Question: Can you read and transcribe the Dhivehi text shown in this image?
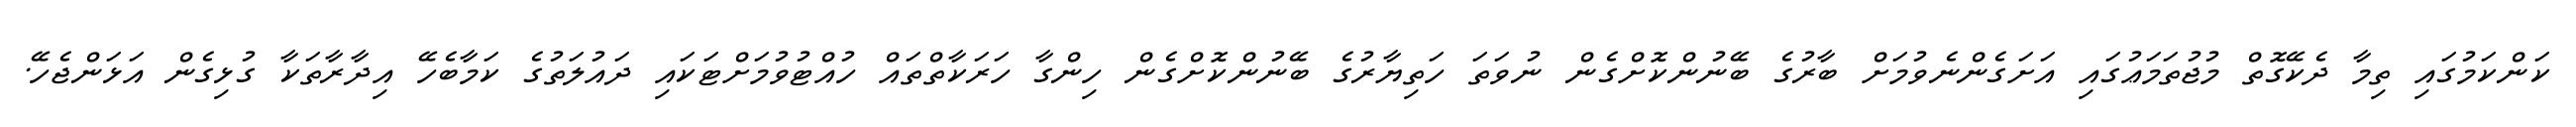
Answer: ކަންކަމުގައި ތިމާ ދެކޭގޮތް މުޖުތަމަޢުގައި އަށަގެންނެވުމަށް ބާރުގެ ބޭނުންކޮށްގެން ނުވަތަ ހަތިޔާރުގެ ބޭނުންކޮށްގެން ހިންގާ ހަރަކާތްތައް ހުއްޓުވުމަށްޓަކައި ދައުލަތުގެ ކަމާބެހޭ އިދާރާތަކާ ގުޅިގެން އަޅަންޖެހޭ.